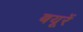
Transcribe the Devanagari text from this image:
बयूरें